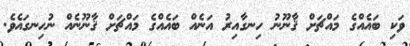
ވަކި ބައެއްގެ މައްޗަށް ޤާނޫނު ހިނގާއިރު އަނެއް ބައެއްގެ މައްޗަށް ޤާނޫނެއް ނުހިނގައެވެ.